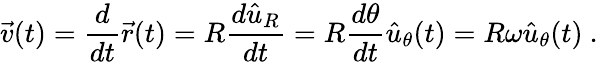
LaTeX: {\vec{v}}(t)={\frac{d}{dt}}{\vec{r}}(t)=R{\frac{d{\hat{u}}_{R}}{dt}}=R{\frac{d\theta}{dt}}{\hat{u}}_{\theta}(t)=R\omega{\hat{u}}_{\theta}(t)\ .